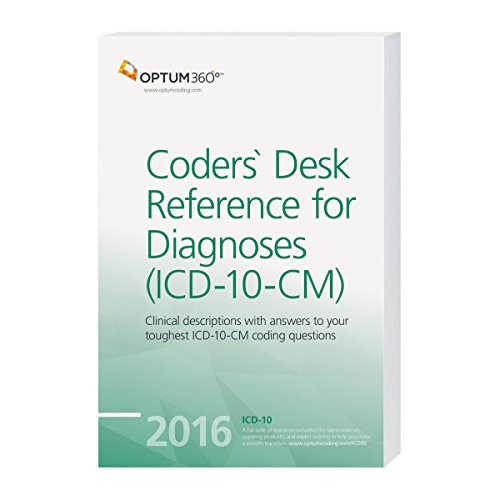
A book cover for Coders` Desk Reference for Diagnoses (ICD-10-CM) 2016; Optum360; Medical Books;